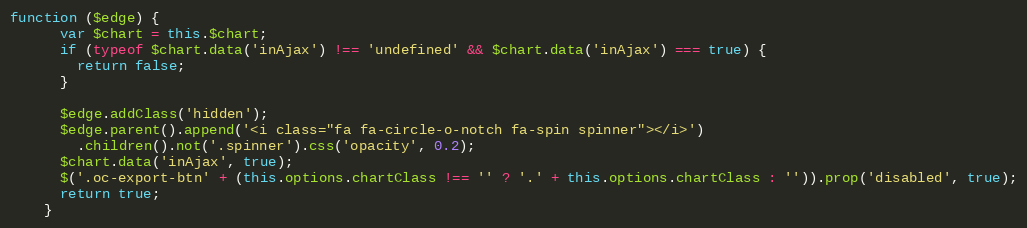
Language: JavaScript
function ($edge) {
      var $chart = this.$chart;
      if (typeof $chart.data('inAjax') !== 'undefined' && $chart.data('inAjax') === true) {
        return false;
      }

      $edge.addClass('hidden');
      $edge.parent().append('<i class="fa fa-circle-o-notch fa-spin spinner"></i>')
        .children().not('.spinner').css('opacity', 0.2);
      $chart.data('inAjax', true);
      $('.oc-export-btn' + (this.options.chartClass !== '' ? '.' + this.options.chartClass : '')).prop('disabled', true);
      return true;
    }